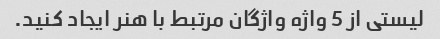
لیستی از 5 واژه واژگان مرتبط با هنر ایجاد کنید.